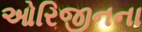
ઓરિજીનના